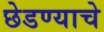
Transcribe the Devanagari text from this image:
छेडण्याचे